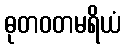
ဓုတဝတမရိယံ